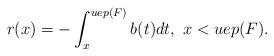
LaTeX: \begin{align*} r(x)=-\int_{x}^{uep(F)} b(t) dt, \ x<uep(F).\end{align*}